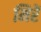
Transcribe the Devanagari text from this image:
मिरें